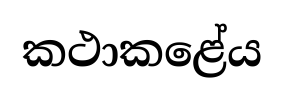
කථාකළේය